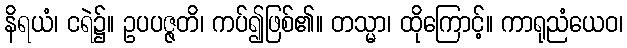
နိရယံ၊ ငရဲ၌။ ဥပပဇ္ဇတိ၊ ကပ်၍ဖြစ်၏။ တသ္မာ၊ ထိုကြောင့်။ ကာရုညံယေဝ၊